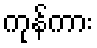
ကုန်ကား